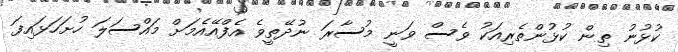
ކުޅުނު ތިން ކުޅުންތެރިއަކު ވެސް ވަނީ މުސާރަ ނުދޭތީވެ އެފްއޭއެމަށް މައްސަލަ ހުށަހަޅައިފަ